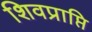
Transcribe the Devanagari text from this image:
शिवप्राप्ति